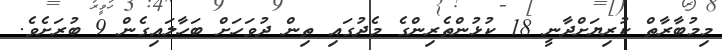
މިމުބާރާތް ކުރިޔަށްދާނީ 18 ކުޅުންތެރިންގެ މެދުގައި ތިން ދުވަހަށް ބަހާލައިގެން 9 ބުރަށެވެ.